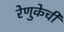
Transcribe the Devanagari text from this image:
रेणुकेची